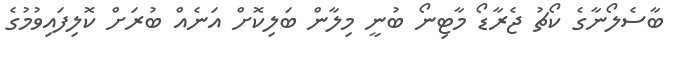
ބާސެލޯނާގެ ކޯޗު ޖެރާޑޯ މާޓިނޯ ބުނީ މިލާން ބަލިކޮށް އަނެއް ބުރަށް ކޮލިފައިވުމުގެ